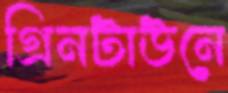
গ্রিনটাউনে